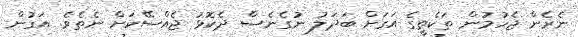
ނެރެން ޖެހުމުން ތަކެތީގެ އަގަށް ބަދަލު ނުގެނެސް ދެކޮޅު ޖެއްސޭކަށް ނެތެވެ. އަގުން